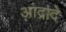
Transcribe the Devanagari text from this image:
आंद्रादे